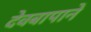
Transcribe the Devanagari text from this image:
देवबापाने